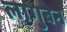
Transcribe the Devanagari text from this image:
लागुबेन